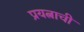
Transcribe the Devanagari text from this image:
प्रयत्नाची